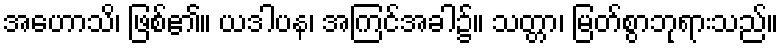
အဟောသိ၊ ဖြစ်၏။ ယဒါပန၊ အကြင်အခါ၌။ သတ္တာ၊ မြတ်စွာဘုရားသည်။